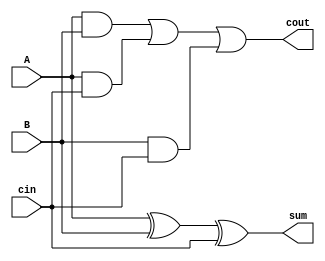
module FA(A,B,cin,sum,cout);
input A,B,cin;
output sum,cout;
assign sum = A^B^cin;
assign cout = (A&B)|(A&cin)|(B&cin);
endmodule